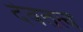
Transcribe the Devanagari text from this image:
देवतत्व